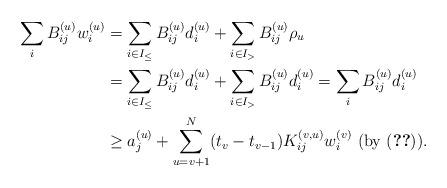
LaTeX: \begin{align*}\sum_{i}B_{ij}^{(u)}w_{i}^{(u)}& =\sum_{i\in I_{\leq}}B_{ij}^{(u)}d_{i}^{(u)}+\sum_{i\in I_{>}}B_{ij}^{(u)}\rho_{u}\\& =\sum_{i\in I_{\leq}}B_{ij}^{(u)}d_{i}^{(u)}+\sum_{i\in I_{>}}B_{ij}^{(u)}d_{i}^{(u)}=\sum_{i}B_{ij}^{(u)}d_{i}^{(u)}\\& \geq a_{j}^{(u)}+\sum_{u=v+1}^{N}(t_{v}-t_{v-1})K_{ij}^{(v,u)}w_{i}^{(v)}\mbox{ (by (\ref{copteq247}))}.\end{align*}